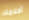
أفلامك